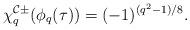
LaTeX: \begin{align*}\chi^{\mathcal{C}\pm}_q(\phi_q(\tau))=(-1)^{(q^2-1)/8}.\end{align*}